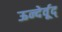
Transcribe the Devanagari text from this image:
ऊन्देर्वूद्